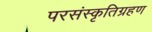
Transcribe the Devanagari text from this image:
परसंस्कृतिग्रहण